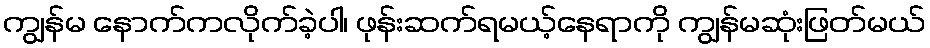
ကျွန်မ နောက်ကလိုက်ခဲ့ပါ၊ ဖုန်းဆက်ရမယ့်နေရာကို ကျွန်မဆုံးဖြတ်မယ်